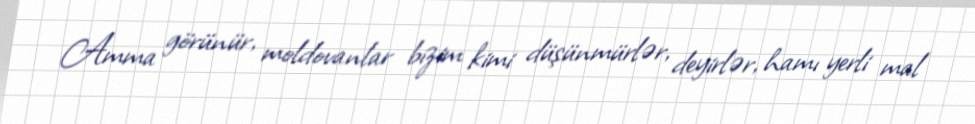
Amma görünür, moldovanlar bizim kimi düşünmürlər, deyirlər, hamı yerli mal